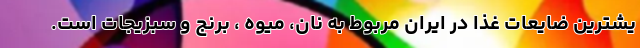
یشترین ضایعات غذا در ایران مربوط به نان، میوه ، برنج و سبزیجات است.